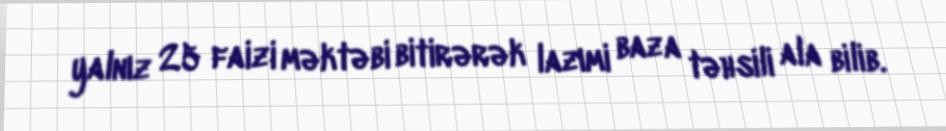
yalnız 25 faizi məktəbi bitirərək lazımi baza təhsili ala bilib.